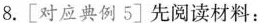
8.[对应典例5]先阅读材料：